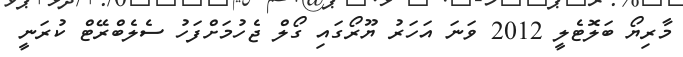
މާރިޔޯ ބަލޮޓެލީ 2012 ވަނަ އަހަރު ޔޫރޯގައި ގޯލް ޖެހުމަށްފަހު ސެލެބްރޭޓް ކުރަނީ